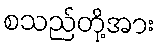
စသည်တို့အား